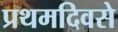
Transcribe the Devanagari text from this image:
प्रथमदिवसे